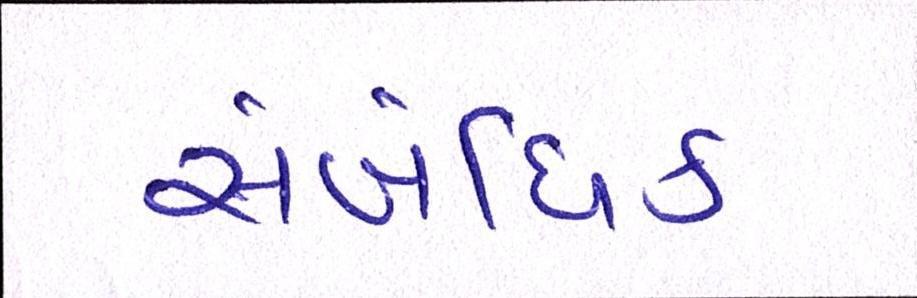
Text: સંબંધિક